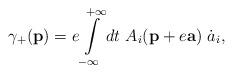
LaTeX: \begin{align*}\gamma_{+}({\bf p})=e\int\limits_{-\infty}^{+\infty} dt~A_{i}({\bf p}+e{\bf a}) ~\dot{a}_{i},\end{align*}